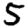
Digit: 5